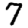
Digit: 7